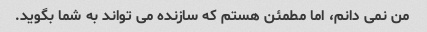
من نمی دانم، اما مطمئن هستم که سازنده می تواند به شما بگوید.